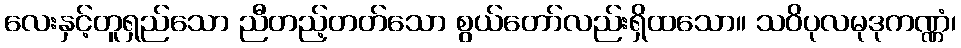
လေးနှင့်တူရှည်သော ညီတည့်တတ်သော စွယ်တော်လည်းရှိထသော။ သဝိပုလမုဒုကဏ္ဏံ၊